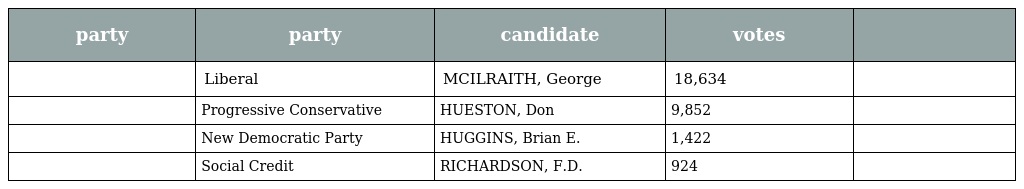
| party | party | candidate | votes |  |
 | --- | --- | --- | --- | --- |
 |  | Liberal | MCILRAITH, George | 18,634 |  |
 |  | Progressive Conservative | HUESTON, Don | 9,852 |  |
 |  | New Democratic Party | HUGGINS, Brian E. | 1,422 |  |
 |  | Social Credit | RICHARDSON, F.D. | 924 |  |